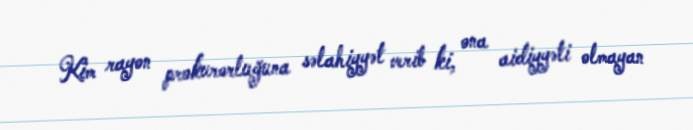
Kim rayon prokurorluğuna səlahiyyət verib ki, ona aidiyyəti olmayan